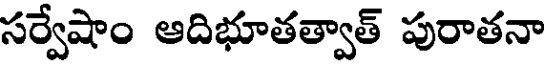
సర్వేషాం ఆదిభూతత్వాత్ పురాతనా